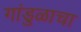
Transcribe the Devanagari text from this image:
गांडुळाचा